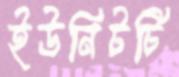
ইউনিটটি